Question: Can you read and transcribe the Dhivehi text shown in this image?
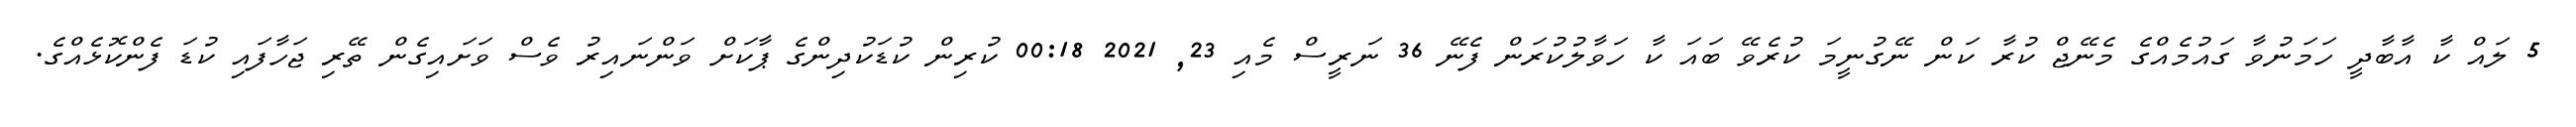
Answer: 5 ލައް ކާ އާބާދީ ހަމަނުވާ ގައުމެއްގެ މެނޭޖް ކުރާ ކަން ނޭގުނީމަ ކުރެވޭ ބައަ ކާ ހަވާލުކުރަން ފެނޭ 36 ނަރީސް މެއި 23, 2021 00:18 ކުރިން ކުޑަކުދިންގެ ޕާކަށް ވަންނައިރު ވެސް ވަށައިގެން ތޭރި ޖަހާފައި ކުޑަ ފެންކޮޅެއްގެ.